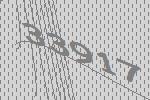
33917